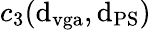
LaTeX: c_{3}(\mathrm{d}_{\mathrm{{vga}}},\mathrm{d}_{\mathrm{{PS}}})